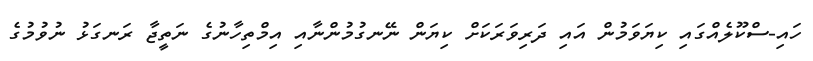
ހައި-ސްކޫލެއްގައި ކިޔަވަމުން އައި ދަރިވަރަކަށް ކިޔަން ނޭނގުމުންނާއި އިމްތިހާނުގެ ނަތީޖާ ރަނގަޅު ނުވުމުގެ